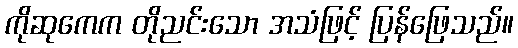
ကိုဆုကေက တိုညင်းသော အသံဖြင့် ပြန်ဖြေသည်။